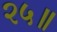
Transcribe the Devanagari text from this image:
२५॥